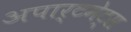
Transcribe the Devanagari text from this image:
अपार्टमेट्स